画像に写った文字を読んでください
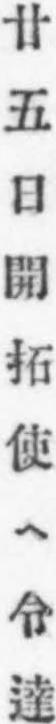
「廿五日開拓使ヘ令達」と書いてあります